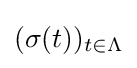
(\sigma (t))_{t\in \Lambda }